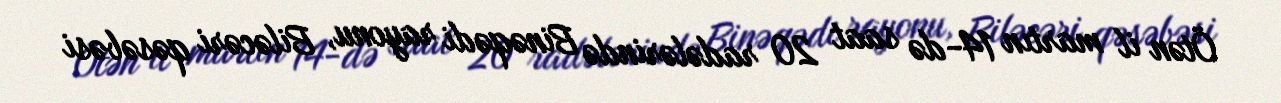
Ötən il martın 14-də saat 20 radələrində Binəqədi rayonu, Biləcəri qəsəbəsi